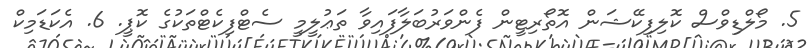
5. މޯލްޑިވްސް ކޮލިފިކޭޝަން އޮތޯރިޓީން ފެންވަރުބަލާފައިވާ ތަޢުލީމީ ސެޓްފިކެޓްތަކުގެ ކޮޕީ. 6. އެކަޑަމިކް